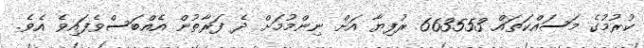
ކުރުމުގެ މަސައްކަތައް 663553 ރުފިޔާ އަށް ނިންމުމަށް ދެ ފަރާތުން އެއްބަސްވެފައިވެ އެވެ.